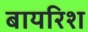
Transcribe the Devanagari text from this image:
बायरिश